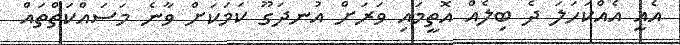
އެއީ އެއްކަހަލަ ދެ ބިލެއް އޮތީމައި ވަރަށް އުނދަގޫ ކަމަކަށް ވާނެ މަސައްކަތްތައް